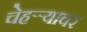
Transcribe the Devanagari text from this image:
चेहऱ्र्‍यावर